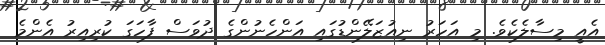
އެއީ މިސާލެކެވެ. މި އަހަރު ނިއުޒަލޭންޑުގައި އަންހެނުންގެ ދުވަސް ފާހަގަ ކުރިއިރު އެންމެ